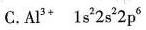
C.Al^{3+} 1s^{2}2s^{2}2p^{6}